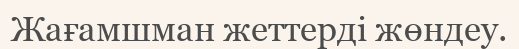
Жағамшман жеттерді жөндеу.